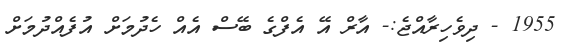
1955 - ދިވެހިރާއްޖެ:- އާރް އޭ އެފްގެ ބޭސް އެއް ހެދުމަށް އުފެއްދުމަށް